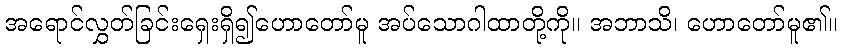
အရောင်လွှတ်ခြင်းရှေးရှိ၍ဟောတော်မူ အပ်သောဂါထာတို့ကို။ အဘာသိ၊ ဟောတော်မူ၏။